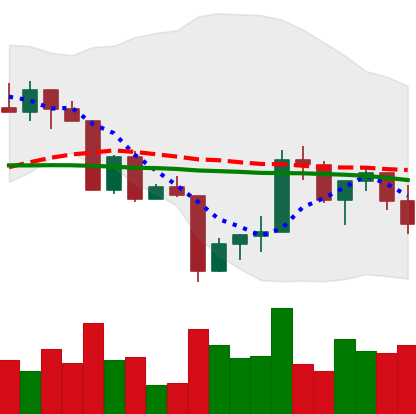
Ticker: XRP-USD
Chart end date: 2022-04-21
Forward return: -12.477%
Label: down_7plus